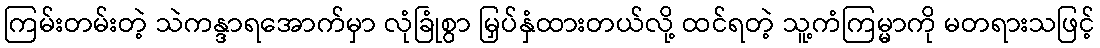
ကြမ်းတမ်းတဲ့ သဲကန္ဒာရအောက်မှာ လုံခြုံစွာ မြှပ်နှံထားတယ်လို့ ထင်ရတဲ့ သူ့ကံကြမ္မာကို မတရားသဖြင့်